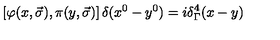
\left[ \varphi ( x , \vec { \sigma } ) , \pi ( y , \vec { \sigma } ) \right] \delta ( x ^ { 0 } - y ^ { 0 } ) = i { \delta } _ { \Gamma } ^ { 4 } ( x - y )